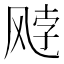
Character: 𫗈